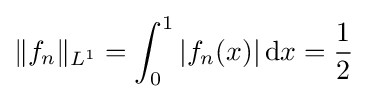
\|f_{n}\|_{L^{1}}=\int _{0}^{1}|f_{n}(x)|\,\mathrm {d} x={\frac {1}{2}}